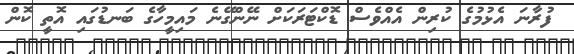
ފުރާނަ އެޅުމުގެ ކުރިން އެއްވެސް ޑޮކްޓަރަކަށް ނޭންގޭނެ މައިމީހާގެ ބަނޑުގައި އޮތީ ކޮން